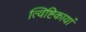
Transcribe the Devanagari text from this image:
त्विष्टिकायां